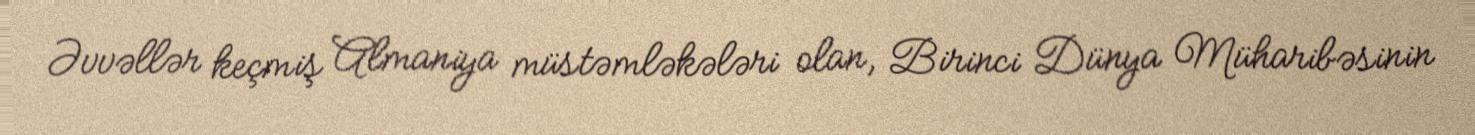
Əvvəllər keçmiş Almaniya müstəmləkələri olan, Birinci Dünya Müharibəsinin